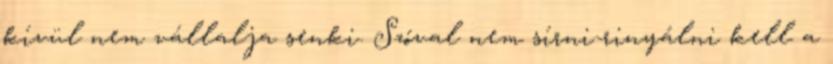
kívül nem vállalja senki. Szóval nem sírni-rinyálni kell a